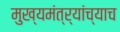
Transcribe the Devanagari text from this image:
मुख्यमंत्र्यांच्याच